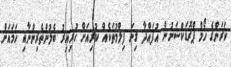
ކަރަންގެ ހޯމް ޕްރޮޑަކްޝަނުން އުފައްދާ ގިނަ ފިލްމުތަކެއް ކުރިއަށް ހުރިއިރު ބެލުންތެރިންނާއި ހަމައަށް